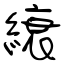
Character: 縗